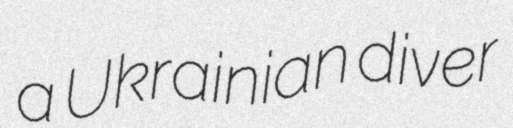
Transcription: a Ukrainian diver